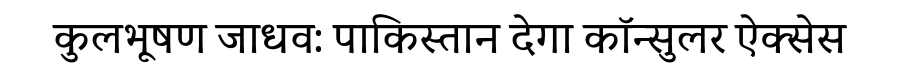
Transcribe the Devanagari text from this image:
कुलभूषण जाधव: पाकिस्तान देगा कॉन्सुलर ऐक्सेस